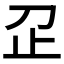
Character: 𬅷